Vaccination in Burma 1889-1999 - 1889-1999
Year: 1889
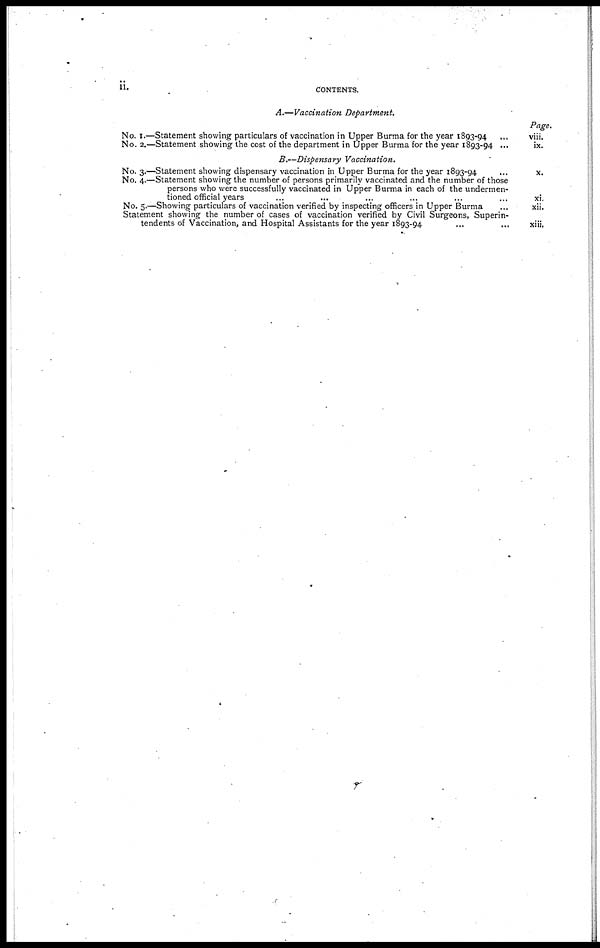
ii.
CONTENTS.
A.—Vaccination Department.
No. I.—Statement showing particulars of vaccination in Upper Burma for the year 1893-94...
No. 2.—Statement showing the cost of the department in Upper Burma for the year 1893-94 ...
B.—Dispensary Vaccination.
No. 3.—Statement showing dispensary vaccination in Upper Burma for the year 1893-94
No. 4.—Statement showing the number of persons primarily vaccinated and the number of those
persons who were successfully vaccinated in Upper Burma in each of the undermen-
tioned official years
No. 5.—Showing particulars of vaccination verified by inspecting officers in Upper Burma... ...
Statement showing the number of cases of vaccination verified by Civil Surgeons, Superin-
tendents of Vaccination, and Hospital Assistants for the year 1893-94
Page.
viii.
ix.
X.
xi.
xii.
xiii.